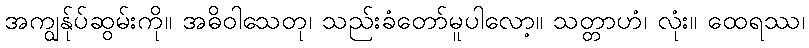
အကျွန်ုပ်ဆွမ်းကို။ အဓိဝါသေတု၊ သည်းခံတော်မူပါလော့။ သတ္တာဟံ၊ လုံး။ ထေရဿ၊